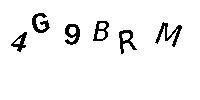
4G9BRM